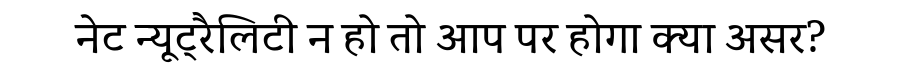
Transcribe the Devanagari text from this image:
नेट न्यूट्रैलिटी न हो तो आप पर होगा क्या असर?